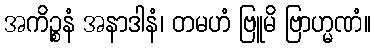
အကိဉ္စနံ အနာဒါနံ၊ တမဟံ ဗြူမိ ဗြာဟ္မဏံ။